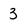
Character: 3